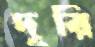
দূরি